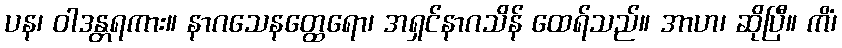
ပန၊ ဝါဒန္တရကား။ နာဂသေနတ္ထေရော၊ အရှင်နာဂသိန် ထေရ်သည်။ အာဟ၊ ဆိုပြီ။ ကိံ၊